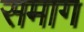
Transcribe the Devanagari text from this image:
समाग